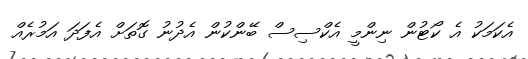
އެކަމަކު އެ ކޯޓުން ނިންމީ އެކްސިސް ބޭންކުން އެދުނު ގޮތަށް އެފަދަ އަމުރެއް